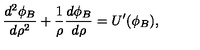
\frac { d ^ { 2 } \phi _ { B } } { d \rho ^ { 2 } } + \frac { 1 } { \rho } \frac { d \phi _ { B } } { d \rho } = U ^ { \prime } ( \phi _ { B } ) ,